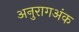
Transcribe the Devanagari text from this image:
अनुरागअंक